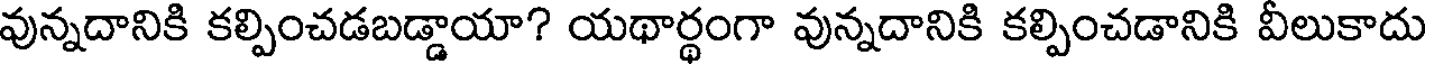
వున్నదానికి కల్పించడబడ్డాయా? యథార్థంగా వున్నదానికి కల్పించడానికి వీలుకాదు